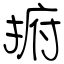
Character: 捬